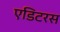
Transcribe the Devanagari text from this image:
एडिटरस